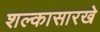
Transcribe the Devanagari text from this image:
शल्कासारखे